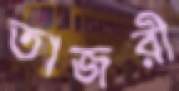
তাজ্বরী